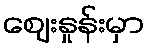
ဈေးနှုန်းမှာ